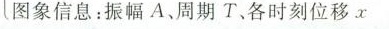
图象信息：振幅A、周期T、各时刻位移x